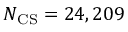
N _ { \mathrm { C S } } = 2 4 , 2 0 9